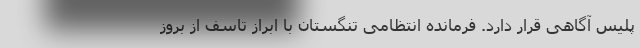
پلیس آگاهی قرار دارد. فرمانده انتظامی تنگستان با ابراز تاسف از بروز